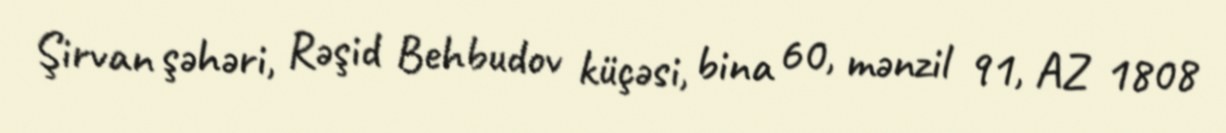
Şirvan şəhəri, Rəşid Behbudov küçəsi, bina 60, mənzil 91, AZ 1808